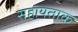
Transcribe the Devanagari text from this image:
सहायताक